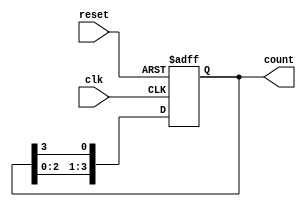
module ring_counter (
    input wire clk,        // Clock signal
    input wire reset,      // Asynchronous reset signal
    output reg [3:0] count // 4-bit output for the ring counter
);

    // Initial state for the ring counter
    initial begin
        count = 4'b1000; // Start with the first flip-flop set to '1'
    end

    // Synchronous operation on clock edge
    always @(posedge clk or posedge reset) begin
        if (reset) begin
            count <= 4'b1000; // Reset to initial state
        end else begin
            // Shift the '1' to the right
            count <= {count[2:0], count[3]}; // Circular shift
        end
    end

endmodule